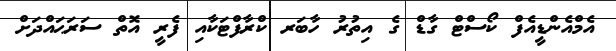
އެމްއެންޑީއެފް ކޯސްޓް ގާޑް ގެ އިތުރު ހާބަރ ކްރާފްޓަކާއި ފެރީ އޮތް ސަރަޙައްދަށް